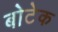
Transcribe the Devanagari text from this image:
बोटेक